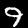
Label: 9